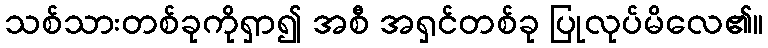
သစ်သားတစ်ခုကိုရှာ၍ အစီ အရှင်တစ်ခု ပြုလုပ်မိလေ၏။